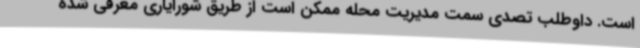
است. داوطلب تصدی سمت مدیریت محله ممکن است از طریق شورایاری معرفی شده